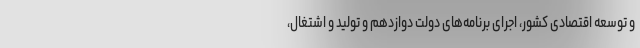
و توسعه اقتصادی کشور، اجرای برنامه‌های دولت دوازدهم و تولید و اشتغال،